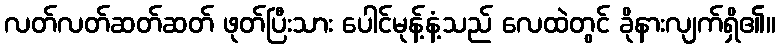
လတ်လတ်ဆတ်ဆတ် ဖုတ်ပြီးသား ပေါင်မုန့်နံ့သည် လေထဲတွင် ခိုနားလျက်ရှိ၏။